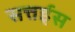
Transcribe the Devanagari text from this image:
सत्तईस